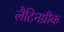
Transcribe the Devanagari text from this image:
लैटिनग्रीक